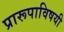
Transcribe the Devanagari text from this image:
प्रारूपाविषयी